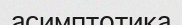
асимптотика